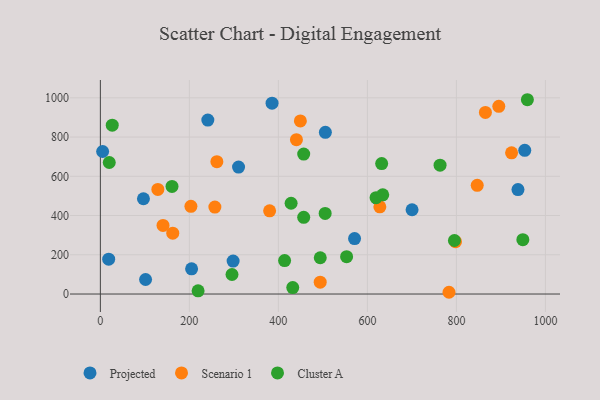
{"axis": {"x": "Speed", "y": "Sales"}, "legend": ["Cluster A", "Projected", "Scenario 1"], "data": [{"x": "241.5", "y": 886.8, "type": "Projected"}, {"x": "205.0", "y": 128.3, "type": "Projected"}, {"x": "953.6", "y": 732.5, "type": "Projected"}, {"x": "5.1", "y": 726.4, "type": "Projected"}, {"x": "622.6", "y": 485.5, "type": "Projected"}, {"x": "101.6", "y": 74.0, "type": "Projected"}, {"x": "18.7", "y": 177.6, "type": "Projected"}, {"x": "310.5", "y": 646.8, "type": "Projected"}, {"x": "700.4", "y": 429.4, "type": "Projected"}, {"x": "96.8", "y": 485.7, "type": "Projected"}, {"x": "505.6", "y": 823.9, "type": "Projected"}, {"x": "298.3", "y": 167.9, "type": "Projected"}, {"x": "385.8", "y": 972.7, "type": "Projected"}, {"x": "571.2", "y": 282.4, "type": "Projected"}, {"x": "938.4", "y": 532.6, "type": "Projected"}, {"x": "895.3", "y": 956.5, "type": "Scenario 1"}, {"x": "140.8", "y": 349.8, "type": "Scenario 1"}, {"x": "449.4", "y": 882.4, "type": "Scenario 1"}, {"x": "494.0", "y": 60.4, "type": "Scenario 1"}, {"x": "261.8", "y": 674.6, "type": "Scenario 1"}, {"x": "846.8", "y": 554.1, "type": "Scenario 1"}, {"x": "628.0", "y": 444.6, "type": "Scenario 1"}, {"x": "798.0", "y": 266.7, "type": "Scenario 1"}, {"x": "203.5", "y": 447.2, "type": "Scenario 1"}, {"x": "380.3", "y": 424.1, "type": "Scenario 1"}, {"x": "257.3", "y": 443.3, "type": "Scenario 1"}, {"x": "865.2", "y": 925.8, "type": "Scenario 1"}, {"x": "440.6", "y": 786.7, "type": "Scenario 1"}, {"x": "783.4", "y": 8.9, "type": "Scenario 1"}, {"x": "129.2", "y": 533.3, "type": "Scenario 1"}, {"x": "162.7", "y": 309.9, "type": "Scenario 1"}, {"x": "924.0", "y": 719.6, "type": "Scenario 1"}, {"x": "949.3", "y": 277.2, "type": "Cluster A"}, {"x": "295.8", "y": 99.6, "type": "Cluster A"}, {"x": "20.0", "y": 670.3, "type": "Cluster A"}, {"x": "456.9", "y": 391.1, "type": "Cluster A"}, {"x": "494.1", "y": 184.9, "type": "Cluster A"}, {"x": "219.6", "y": 16.5, "type": "Cluster A"}, {"x": "505.1", "y": 410.7, "type": "Cluster A"}, {"x": "414.0", "y": 170.5, "type": "Cluster A"}, {"x": "553.3", "y": 190.6, "type": "Cluster A"}, {"x": "428.6", "y": 462.7, "type": "Cluster A"}, {"x": "795.6", "y": 272.9, "type": "Cluster A"}, {"x": "763.3", "y": 656.8, "type": "Cluster A"}, {"x": "432.3", "y": 33.0, "type": "Cluster A"}, {"x": "619.5", "y": 491.2, "type": "Cluster A"}, {"x": "632.1", "y": 664.7, "type": "Cluster A"}, {"x": "456.9", "y": 713.2, "type": "Cluster A"}, {"x": "26.7", "y": 860.8, "type": "Cluster A"}, {"x": "161.0", "y": 548.6, "type": "Cluster A"}, {"x": "959.5", "y": 990.3, "type": "Cluster A"}, {"x": "634.5", "y": 505.5, "type": "Cluster A"}]}